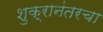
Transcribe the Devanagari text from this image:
शुक्रानंतरचा